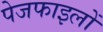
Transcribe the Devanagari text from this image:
पेजफाइलों